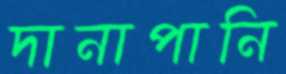
দানাপানি